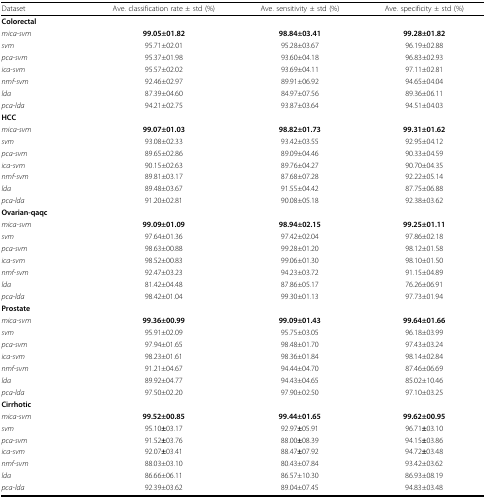
<table><thead><tr><td><b>Dataset</b></td><td><b>Ave. classification rate ± std (%)</b></td><td><b>Ave. sensitivity ± std (%)</b></td><td><b>Ave. specificity ± std (%)</b></td></tr></thead><tbody><tr><td><b>Colorectal</b></td><td></td><td></td><td></td></tr><tr><td><i>mica-svm</i></td><td><b>99.05±01.82</b></td><td><b>98.84±03.41</b></td><td><b>99.28±01.82</b></td></tr><tr><td><i>svm</i></td><td>95.71±02.01</td><td>95.28±03.67</td><td>96.19±02.88</td></tr><tr><td><i>pca-svm</i></td><td>95.37±01.98</td><td>93.60±04.18</td><td>96.83±02.93</td></tr><tr><td><i>ica-svm</i></td><td>95.57±02.02</td><td>93.69±04.11</td><td>97.11±02.81</td></tr><tr><td><i>nmf-svm</i></td><td>92.46±02.97</td><td>89.91±06.92</td><td>94.65±04.04</td></tr><tr><td><i>lda</i></td><td>87.39±04.60</td><td>84.97±07.56</td><td>89.36±06.11</td></tr><tr><td><i>pca-lda</i></td><td>94.21±02.75</td><td>93.87±03.64</td><td>94.51±04.03</td></tr><tr><td><b>HCC</b></td><td></td><td></td><td></td></tr><tr><td><i>mica-svm</i></td><td><b>99.07±01.03</b></td><td><b>98.82±01.73</b></td><td><b>99.31±01.62</b></td></tr><tr><td><i>svm</i></td><td>93.08±02.33</td><td>93.42±03.55</td><td>92.95±04.12</td></tr><tr><td><i>pca-svm</i></td><td>89.65±02.86</td><td>89.09±04.46</td><td>90.33±04.59</td></tr><tr><td><i>ica-svm</i></td><td>90.15±02.63</td><td>89.76±04.27</td><td>90.70±04.35</td></tr><tr><td><i>nmf-svm</i></td><td>89.81±03.17</td><td>87.68±07.28</td><td>92.22±05.14</td></tr><tr><td><i>lda</i></td><td>89.48±03.67</td><td>91.55±04.42</td><td>87.75±06.88</td></tr><tr><td><i>pca-lda</i></td><td>91.20±02.81</td><td>90.08±05.18</td><td>92.38±03.62</td></tr><tr><td><b>Ovarian-qaqc</b></td><td></td><td></td><td></td></tr><tr><td><i>mica-svm</i></td><td><b>99.09±01.09</b></td><td><b>98.94±02.15</b></td><td><b>99.25±01.11</b></td></tr><tr><td><i>svm</i></td><td>97.64±01.36</td><td>97.42±02.04</td><td>97.86±02.18</td></tr><tr><td><i>pca-svm</i></td><td>98.63±00.88</td><td>99.28±01.20</td><td>98.12±01.58</td></tr><tr><td><i>ica-svm</i></td><td>98.52±00.83</td><td>99.06±01.30</td><td>98.10±01.50</td></tr><tr><td><i>nmf-svm</i></td><td>92.47±03.23</td><td>94.23±03.72</td><td>91.15±04.89</td></tr><tr><td><i>lda</i></td><td>81.42±04.48</td><td>87.86±05.17</td><td>76.26±06.91</td></tr><tr><td><i>pca-lda</i></td><td>98.42±01.04</td><td>99.30±01.13</td><td>97.73±01.94</td></tr><tr><td><b>Prostate</b></td><td></td><td></td><td></td></tr><tr><td><i>mica-svm</i></td><td><b>99.36±00.99</b></td><td><b>99.09±01.43</b></td><td><b>99.64±01.66</b></td></tr><tr><td><i>svm</i></td><td>95.91±02.09</td><td>95.75±03.05</td><td>96.18±03.99</td></tr><tr><td><i>pca-svm</i></td><td>97.94±01.65</td><td>98.48±01.70</td><td>97.43±03.24</td></tr><tr><td><i>ica-svm</i></td><td>98.23±01.61</td><td>98.36±01.84</td><td>98.14±02.84</td></tr><tr><td><i>nmf-svm</i></td><td>91.21±04.67</td><td>94.44±04.70</td><td>87.46±06.69</td></tr><tr><td><i>lda</i></td><td>89.92±04.77</td><td>94.43±04.65</td><td>85.02±10.46</td></tr><tr><td><i>pca-lda</i></td><td>97.50±02.20</td><td>97.90±02.50</td><td>97.10±03.25</td></tr><tr><td><b>Cirrhotic</b></td><td></td><td></td><td></td></tr><tr><td><i>mica-svm</i></td><td><b>99.52±00.85</b></td><td><b>99.44±01.65</b></td><td><b>99.62±00.95</b></td></tr><tr><td><i>svm</i></td><td>95.10<b>±</b>03.17</td><td>92.97<b>±</b>05.91</td><td>96.71<b>±</b>03.10</td></tr><tr><td><i>pca-svm</i></td><td>91.52<b>±</b>03.76</td><td>88.00<b>±</b>08.39</td><td>94.15<b>±</b>03.86</td></tr><tr><td><i>ica-svm</i></td><td>92.07<b>±</b>03.41</td><td>88.47<b>±</b>07.92</td><td>94.72<b>±</b>03.48</td></tr><tr><td><i>nmf-svm</i></td><td>88.03±03.10</td><td>80.43±07.84</td><td>93.42±03.62</td></tr><tr><td><i>lda</i></td><td>86.66±06.11</td><td>86.57±10.30</td><td>86.93±08.19</td></tr><tr><td><i>pca-lda</i></td><td>92.39±03.62</td><td>89.04±07.45</td><td>94.83±03.48</td></tr></tbody></table>